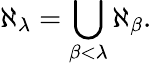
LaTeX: \aleph_{\lambda}=\bigcup_{\beta<\lambda}\aleph_{\beta}.